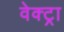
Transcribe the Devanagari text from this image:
वेक्ट्रा